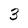
Character: 3